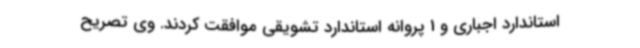
استاندارد اجباری و 1 پروانه استاندارد تشویقی موافقت کردند. وی تصریح